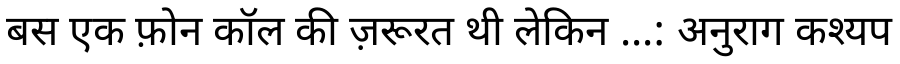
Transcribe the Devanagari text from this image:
बस एक फ़ोन कॉल की ज़रूरत थी लेकिन ...: अनुराग कश्यप